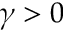
\gamma > 0